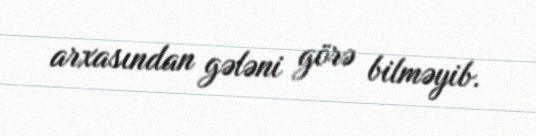
arxasından gələni görə bilməyib.